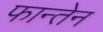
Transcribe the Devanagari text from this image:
फान्तेन